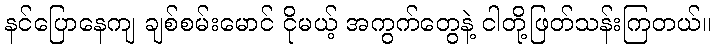
နင်ပြောနေကျ ချစ်စမ်းမောင် ငိုမယ့် အကွက်တွေနဲ့ ငါတို့ဖြတ်သန်းကြတယ်။